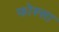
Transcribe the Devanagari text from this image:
फोस्सा